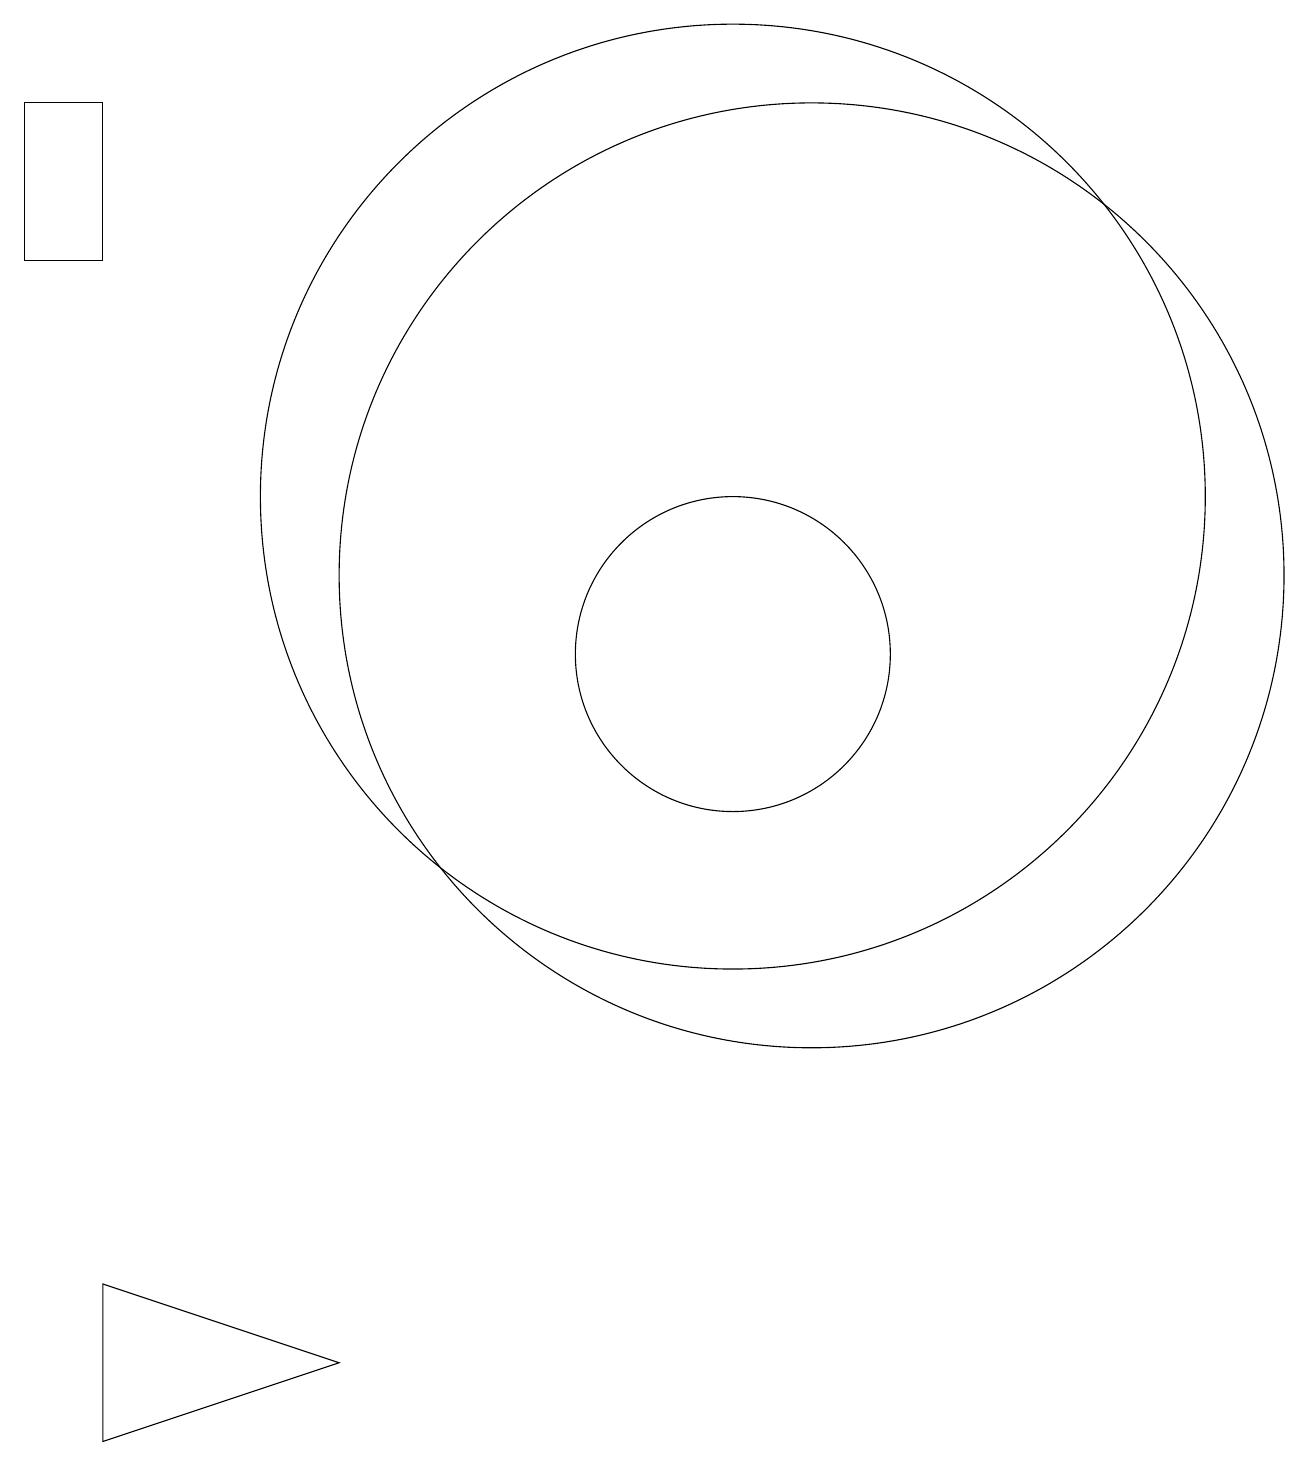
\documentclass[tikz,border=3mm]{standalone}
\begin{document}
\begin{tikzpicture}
\draw (12,11) circle (6);
\draw (11,12) circle (6);
\draw (3,2) -- (6,1) -- (3,0) -- cycle;
\draw (11,10) circle (2);
\draw (3,15) rectangle (2,17);
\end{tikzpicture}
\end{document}